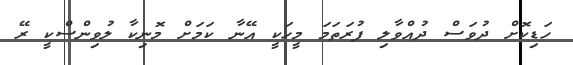
ހަޑިކޮށް ދުވަސް ދުއްވާލި ފުރަތަމަ މީހަކީ އޭނާ ކަމަށް މޮނިކާ ލުވިންސްކީ ރޭ